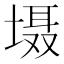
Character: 𱗝